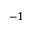
^ { - 1 }